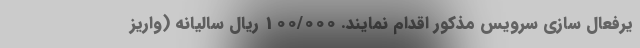
یرفعال سازی سرویس مذکور اقدام نمایند. 100/000 ریال سالیانه (واریز